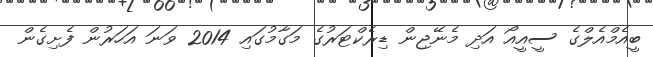
ބީއެމްއެލްގެ ސީއީއޯ އަދި މެނޭޖިން ޑިރެކްޓަރުގެ މަގާމުގައި 2014 ވަނަ އަހަރުން ފެށިގެން